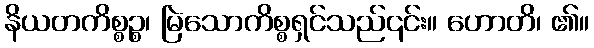
နိယတကိစ္စဉ္စ၊ မြဲသောကိစ္စရှင်သည်၎င်း။ ဟောတိ၊ ၏။